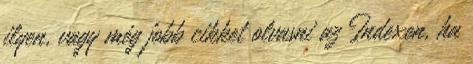
ilyen, vagy még jobb cikket olvasni az Indexen, ha